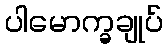
ပါမောက္ခချုပ်